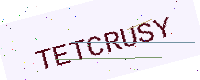
Text: TETCRUSY